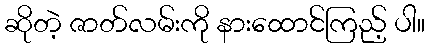
ဆိုတဲ့ ဇာတ်လမ်းကို နားထောင်ကြည့် ပါ။